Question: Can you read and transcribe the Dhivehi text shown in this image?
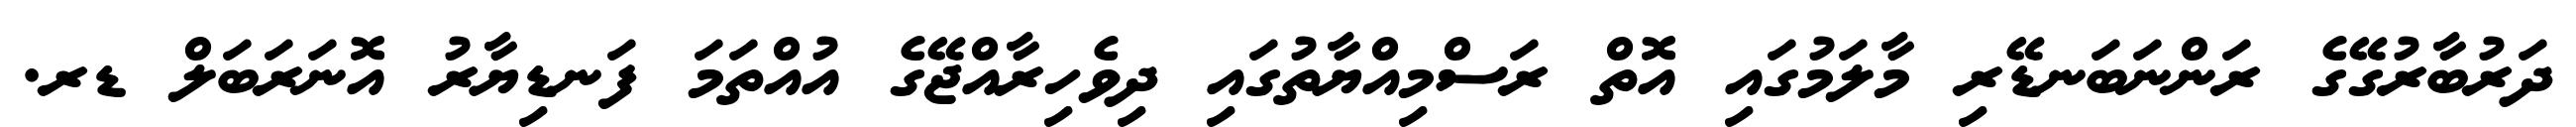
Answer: ދަރުބާރުގޭގެ ރަންނަބަނޑޭރި މާލަމުގައި އޮތް ރަސްމިއްޔާތުގައި ދިވެހިރާއްޖޭގެ އުއްތަމަ ފަނޑިޔާރު އޮނަރަބަލް ޑރ.